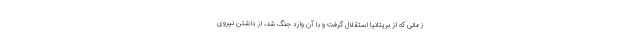
زمانی که از بریتانیا استقلال گرفت و با آن وارد جنگ شد، از داشتن نیروی